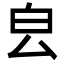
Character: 㿝